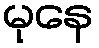
မုနေ